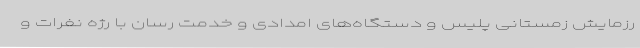
رزمایش زمستانی پلیس و دستگاه‌های امدادی و خدمت رسان با رژه نفرات و